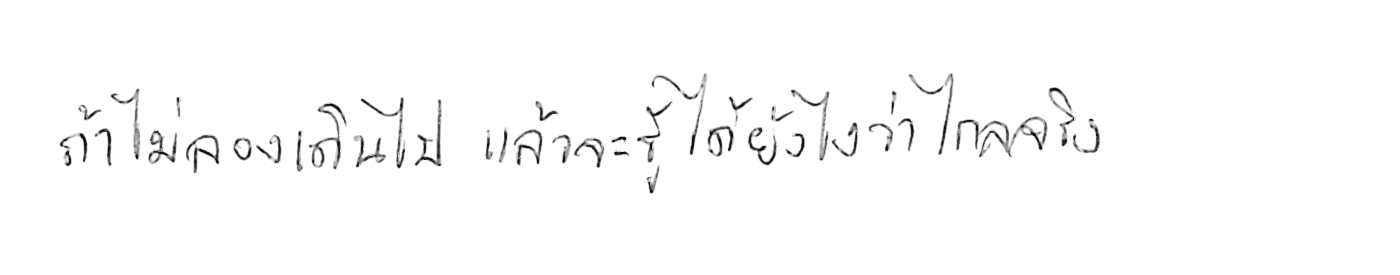
ถ้าไม่ลองเดินไป แล้วจะรู้ได้ยังไงว่าไกลจริง